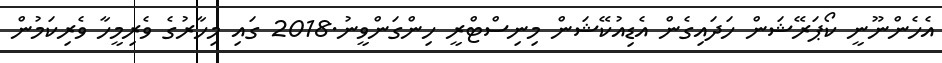
އެހެންނޫނީ ކޯޕަރޭޝަން ހަދައިގެން އެޑިއުކޭޝަން މިނިސްޓްރީ ހިންގަންވީނު.2018 ގައި މިހާރުގެ ވެރިމީހާ ވެރިކަމުން